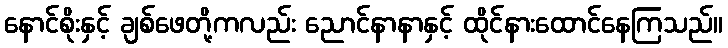
နောင်စိုးနှင့် ချစ်ဖေတို့ကလည်း ညောင်နာနာနှင့် ထိုင်နားထောင်နေကြသည်။